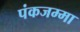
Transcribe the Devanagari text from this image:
पंकजम्मा